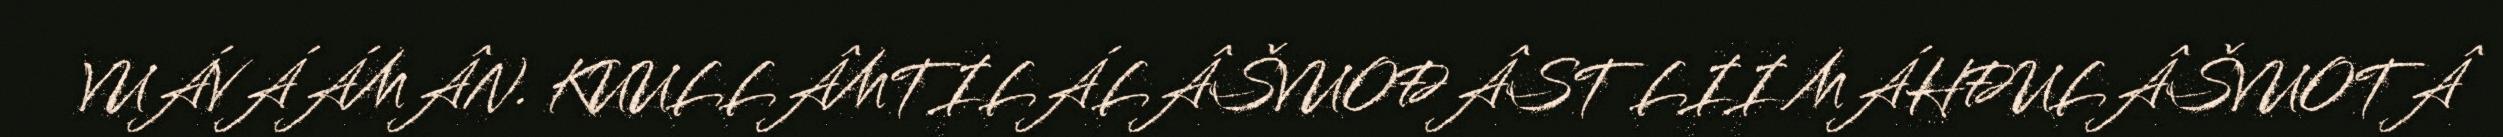
VUÁVÁÁMÂN. KUULLÂMTILÁLÂŠVUOĐÂST LII MÁHĐULÂŠVUOTÂ